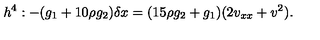
h ^ { 4 } : - ( g _ { 1 } + 1 0 \rho g _ { 2 } ) \delta x = ( 1 5 \rho g _ { 2 } + g _ { 1 } ) ( 2 v _ { x x } + v ^ { 2 } ) .